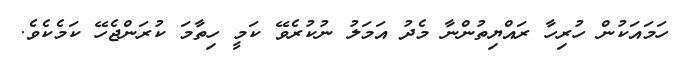
ހަމައަކުން ހުރިހާ ރައްޔިތުންނާ މެދު އަމަލު ނުކުރެވޭ ކަމީ ހިތާމަ ކުރަންޖެހޭ ކަމެކެވެ.